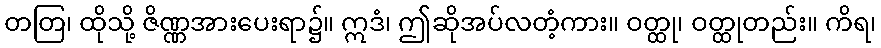
တတြ၊ ထိုသို့ ဇိဏ္ဏအားပေးရာ၌။ ဣဒံ၊ ဤဆိုအပ်လတံ့ကား။ ဝတ္ထု၊ ဝတ္ထုတည်း။ ကိရ၊